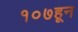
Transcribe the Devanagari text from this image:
१०७हून